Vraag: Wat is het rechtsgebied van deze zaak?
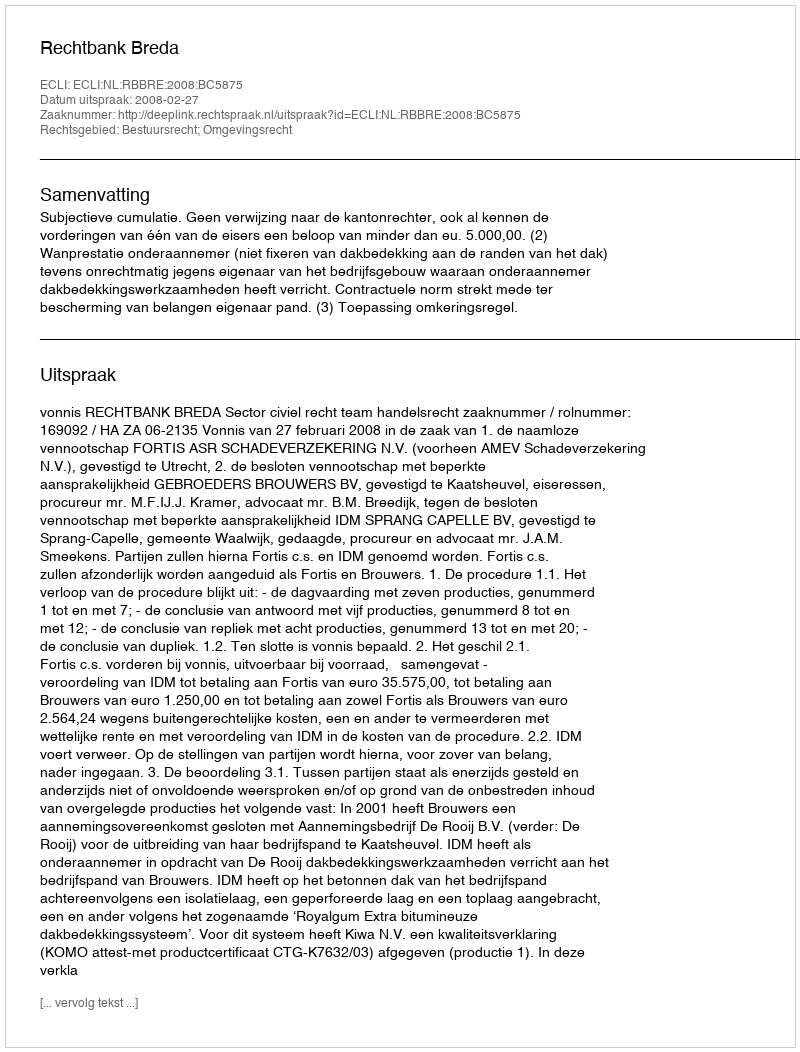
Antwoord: Bestuursrecht; Omgevingsrecht